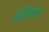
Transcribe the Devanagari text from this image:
बलिष्ठता